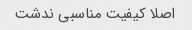
اصلا کیفیت مناسبی ندشت